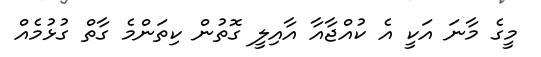
މީގެ މާނަ އަކީ އެ ކުއްޖާއާ އާއިލީ ގޮތުން ކިތަންމެ ގާތް ގުޅުމެއް